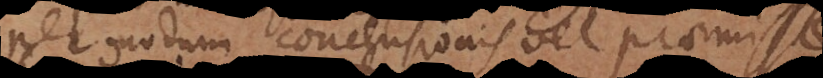
per modum conclusionis vel praemiss